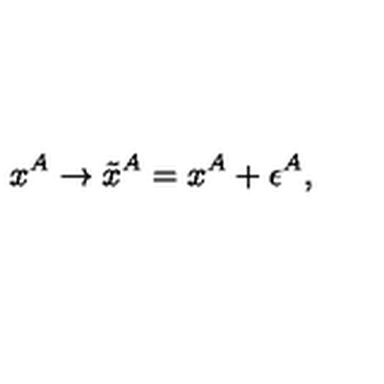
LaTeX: x ^ { A } \rightarrow \tilde { x } ^ { A } = x ^ { A } + \epsilon ^ { A } ,